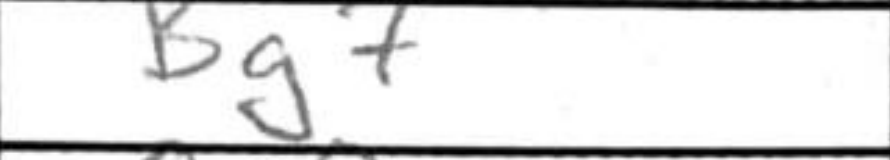
Transcription: Bg7